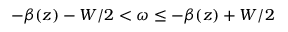
- \beta ( z ) - W / 2 < \omega \le - \beta ( z ) + W / 2